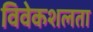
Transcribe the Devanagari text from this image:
विवेकशलता